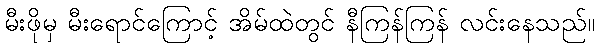
မီးဖိုမှ မီးရောင်ကြောင့် အိမ်ထဲတွင် နီကြန်ကြန် လင်းနေသည်။